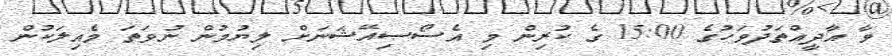
ވާ އާދީއްތަދުވަހުގެ 15:00 ގެ ކުރިން މި އެސޯސިއޭޝަނަށް ލިޔުމުން ނުވަތަ މެއިލަކުން